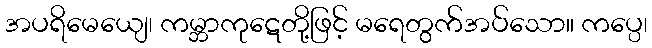
အပရိမေယျေ၊ ကမ္ဘာကုဋေတို့ဖြင့် မရေတွက်အပ်သော။ ကပ္ပေ၊